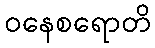
ဝနေစရောတိ